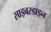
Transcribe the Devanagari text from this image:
साइबरडाइन